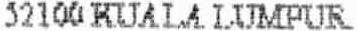
52100 KUALA LUMPUR.